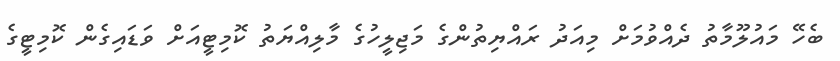
ބެހޭ މައުލޫމާތު ދެއްވުމަށް މިއަދު ރައްޔިތުންގެ މަޖިލީހުގެ މާލިއްޔަތު ކޮމިޓީއަށް ވަޑައިގެން ކޮމިޓީގެ